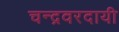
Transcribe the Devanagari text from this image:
चन्द्रवरदायी